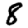
Digit: 8